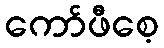
ကော်ဖီစေ့